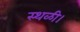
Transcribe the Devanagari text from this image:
स्थळी।